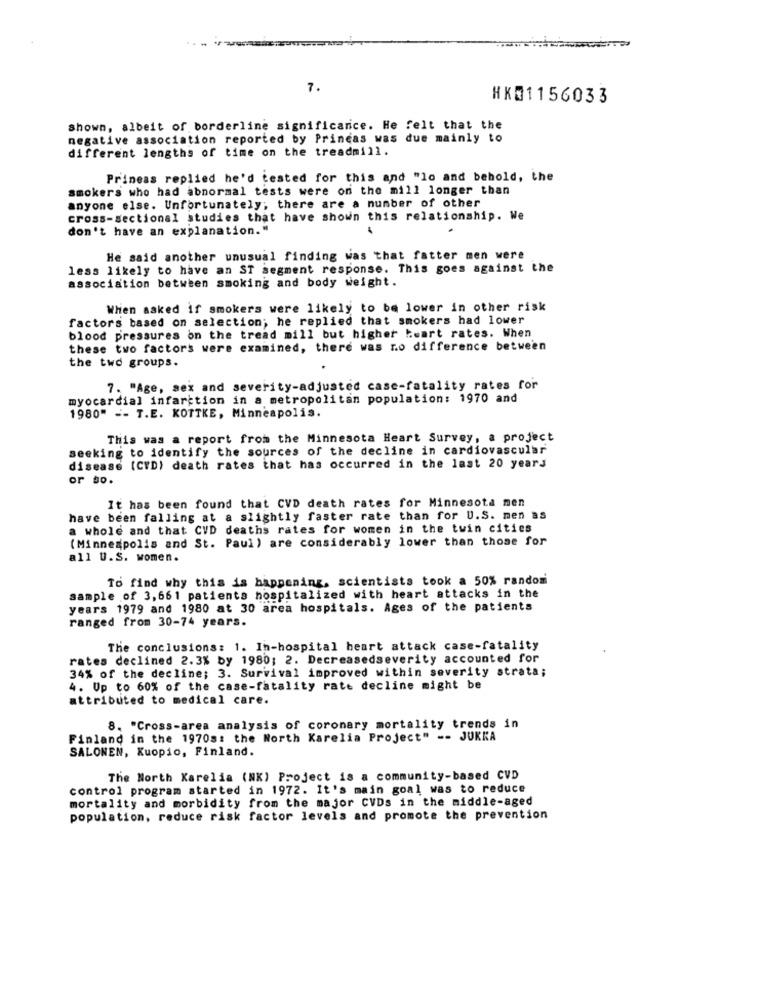
7.
HK01156033
Shown, albeit of borderline significance. He felt that the
negative association reported by Princas was due mainly to
different lengths of time on the treadmill.
Prineas replied he'd tested for this and "lo and behold, the
smokers who had abnormal tests were on the mill longer than
anyone else. Unfortunately; there are a number of other
cross-sectional studies that have shown this relationship. We
don't have an explanation."
.
He said another unusual finding was that fatter men were
less likely to have an ST segment response. This goes against the
association between smoking and body weight.
When asked if smokers were likely to be lower in other risk
factors based on selection; he replied that smokers had lower
blood pressures on the tread mill but higher heart rates. When
these two factors were examined, there was no difference between
the two groups.
7. "Age, sex and severity-adjusted case-fatality rates for
myocardial infarction in a metropolitan population: 1970 and
1980" -- T.E. KOTTKE, Minneapolis.
This was a report from the Minnesota Heart Survey, a project
seeking to identify the sources of the decline in cardiovascular
disease (CYD) death rates that has occurred in the last 20 years
or so.
It has been found that CVD death rates for Minnesota nen
have been falling at a slightly faster rate than for U.S. men as
a whole and that CVD deaths rates for women in the twin cities
(Minneapolis and St. Paul ) are considerably lower than those for
all U.S. women.
To find why this is happening, scientists took a 50% random
sample of 3,661 patients hospitalized with heart attacks in the
years 1979 and 1980 at 30 area hospitals. Ages of the patients
ranged from 30-74 years.
The conclusions: 1. In-hospital heart attack case-fatality
rates declined 2.3% by 1980; 2. Decreasedseverity accounted for
34% of the decline; 3. Survival improved within severity strata;
4. Up to 60% of the case-fatality rate decline might be
attributed to medical care.
8. "Cross-area analysis of coronary mortality trends in
Finland in the 1970s: the North Karelia Project" -- JUKKA
SALONEN, Kuopio, Finland.
The North Karelia (NK) Project is a community-based CVD
control program started in 1972. It's main goal was to reduce
mortality and morbidity from the major CVDs in the middle-aged
population, reduce risk factor levels and promote the prevention